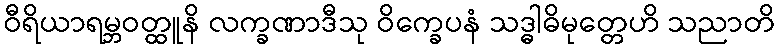
ဝီရိယာရမ္ဘဝတ္ထူနိ လက္ခဏာဒီသု ဝိက္ခေပနံ သဒ္ဓါဓိမုတ္တေဟိ သညာတိ